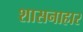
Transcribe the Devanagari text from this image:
शासनाहार